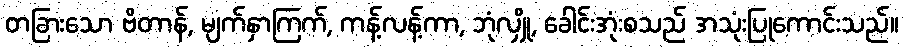
တခြားသော ဗိတာန်, မျက်နှာကြက်, ကန့်လန့်ကာ, ဘုံလျှို, ခေါင်းအုံးစသည် အသုံးပြုကောင်းသည်။